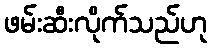
ဖမ်းဆီးလိုက်သည်ဟု